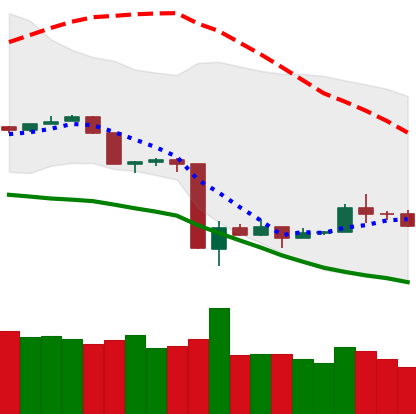
Ticker: TRX-USD
Chart end date: 2020-03-22
Forward return: 10.246%
Label: up_7plus